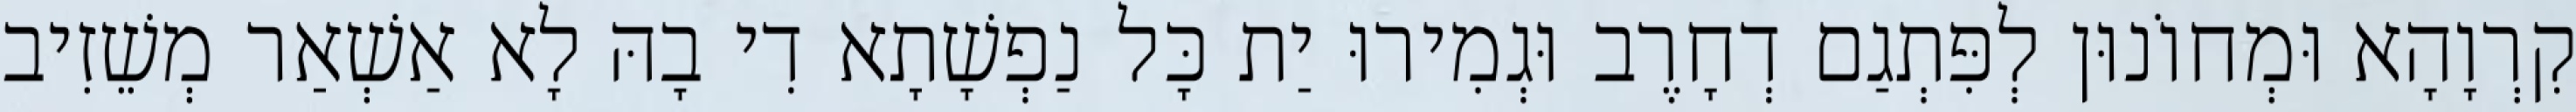
קִרְוָהָא וּמְחוֹנוּן לְפִּתְגַם דְחָרֶב וּגְמִירוּ יַת כָּל נַפְשָׁתָא דִי בָהּ לָא אַשְׁאַר מְשֵׁזִיב